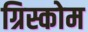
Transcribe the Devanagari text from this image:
ग्रिस्कोम